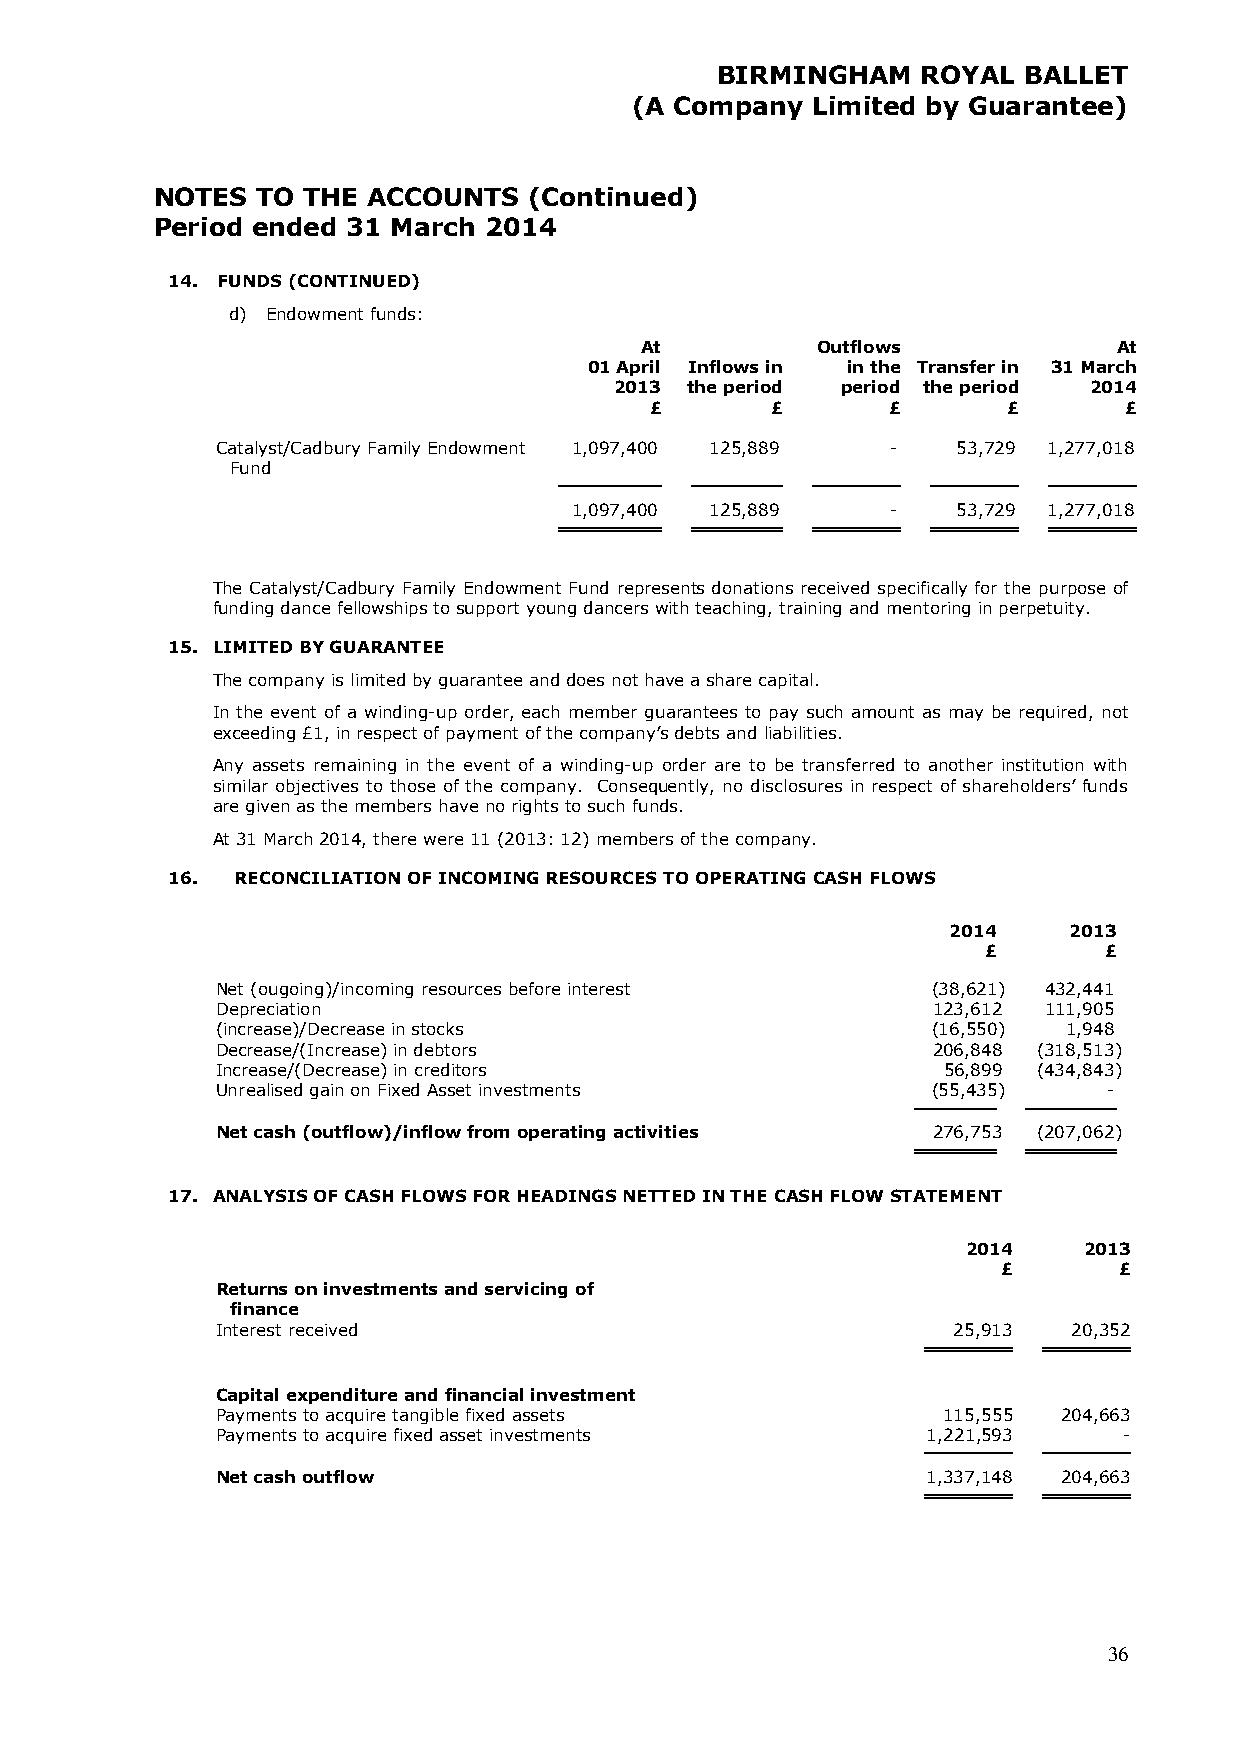
BIRMINGHAM    ROYAL  BALLET
 (A Company  Limited by Guarantee)
 NOTES  TO THE ACCOUNTS   (Continued)
 Period ended 31 March 2014
 14. FUNDS (CONTINUED)
 d) Endowment funds:
 At          Outflows            At
 01 April Inflows in in the Transfer in 31 March
 2013 the period period the period 2014
 £       £       £       £      £
 Catalyst/Cadbury Family Endowment 1,097,400 125,889 - 53,729 1,277,018
 Fund
 1,097,400 125,889    -   53,729 1 ,277,018
 The Catalyst/Cadbury Family Endowment Fund represents donations received specifically for the purpose of
 funding dance fellowships to support young dancers with teaching, training and mentoring in perpetuity.
 15. LIMITED BY GUARANTEE
 The company is limited by guarantee and does not have a share capital.
 In the event of a winding-up order, each member guarantees to pay such amount as may be required, not
 exceeding £1, in respect of payment of the company’s debts and liabilities.
 Any assets remaining in the event of a winding-up order are to be transferred to another institution with
 similar objectives to those of the company. Consequently, no disclosures in respect of shareholders’ funds
 are given as the members have no rights to such funds.
 At 31 March 2014, there were 11 (2013: 12) members of the company.
 16.  RECONCILIATION OF INCOMING RESOURCES TO OPERATING CASH FLOWS
 2014    2013
 £       £
 Net (ougoing)/incoming resources before interest (38,621) 432,441
 Depreciation                                    123,612 111,905
 (increase)/Decrease in stocks                   (16,550) 1,948
 Decrease/(Increase) in debtors                  206,848 (318,513)
 Increase/(Decrease) in creditors                56,899 (434,843)
 Unrealised gain on Fixed Asset investments      (55,435)   -
 Net cash (outflow)/inflow from operating activities 276,753 (207,062)
 17. ANALYSIS OF CASH FLOWS FOR HEADINGS NETTED IN THE CASH FLOW STATEMENT
 2014    2013
 £       £
 Returns on investments and servicing of
 finance
 Interest received                                25,913  20,352
 Capital expenditure and financial investment
 Payments to acquire tangible fixed assets       115,555 204,663
 Payments to acquire fixed asset investments    1,221,593    -
 Net cash outflow                               1 ,337,148 204,663
 36